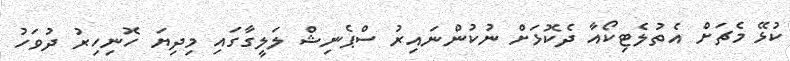
ކުޅޭ މެޗަށް އެތުލެޓިކޯއާ ދެކޮޅަށް ނުކުންނައިރު ސްޕެނިޝް ލަލީގާގައި މިދިޔަ ހޮނިހިރު ދުވަހު